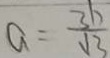
a = \frac { 3 b } { \sqrt { 3 } }